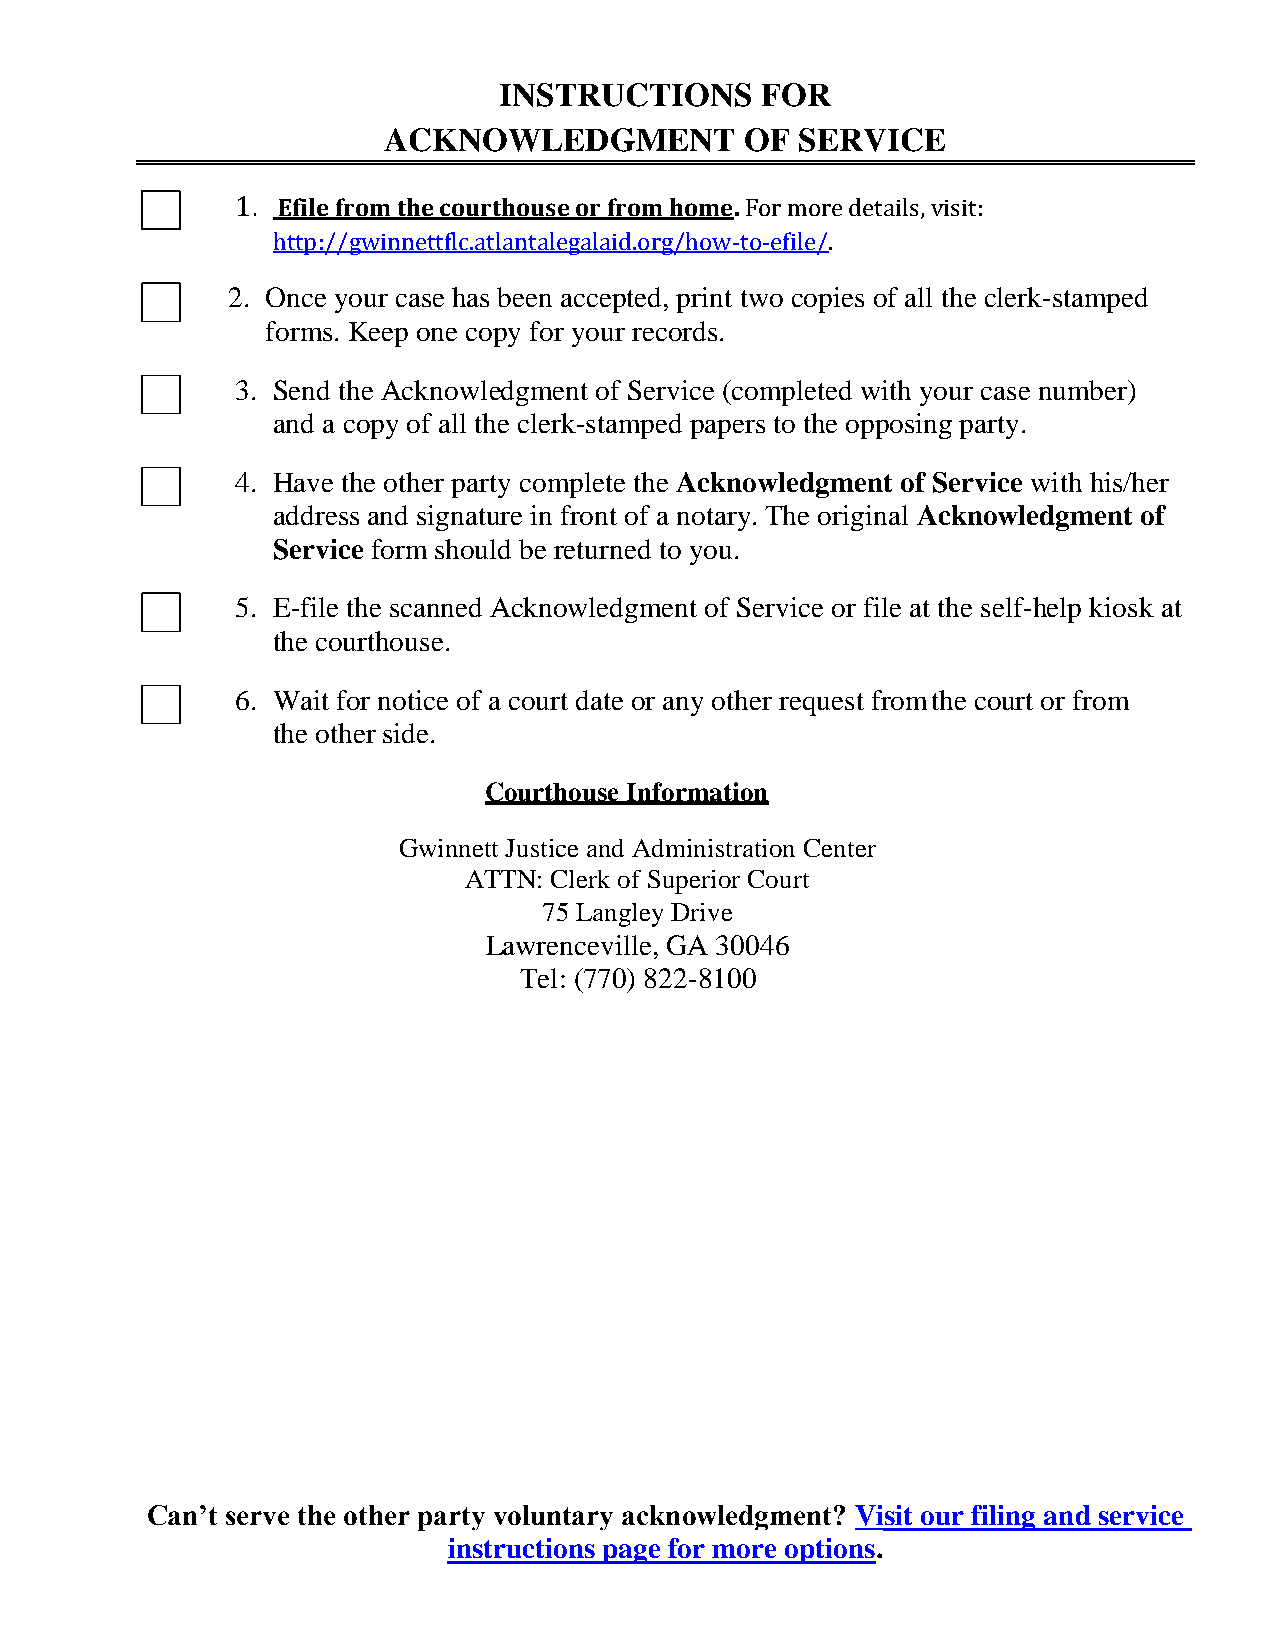
INSTRUCTIONS     FOR
 ACKNOWLEDGMENT          OF  SERVICE
 1. Efile from the courthouse or from home. For more details, visit:
 http://gwinnettflc.atlantalegalaid.org/how-to-efile/.
 2. Once your case has been accepted, print two copies of all the clerk-stamped
 forms. Keep one copy for your records.
 3. Send the Acknowledgment of Service (completed with your case number)
 and a copy of all the clerk-stamped papers to the opposing party.
 4. Have the other party complete the Acknowledgment of Service with his/her
 address and signature in front of a notary. The original Acknowledgment of
 Service form should be returned to you.
 5. E-file the scanned Acknowledgment of Service or file at the self-help kiosk at
 the courthouse.
 6. Wait for notice of a court date or any other request from the court or from
 the other side.
 Courthouse Information
 Gwinnett Justice and Administration Center
 ATTN: Clerk of Superior Court
 75 Langley Drive
 Lawrenceville, GA 30046
 Tel: (770) 822-8100
 Can’t serve the other party voluntary acknowledgment? Visit our filing and service
 instructions page for more options.